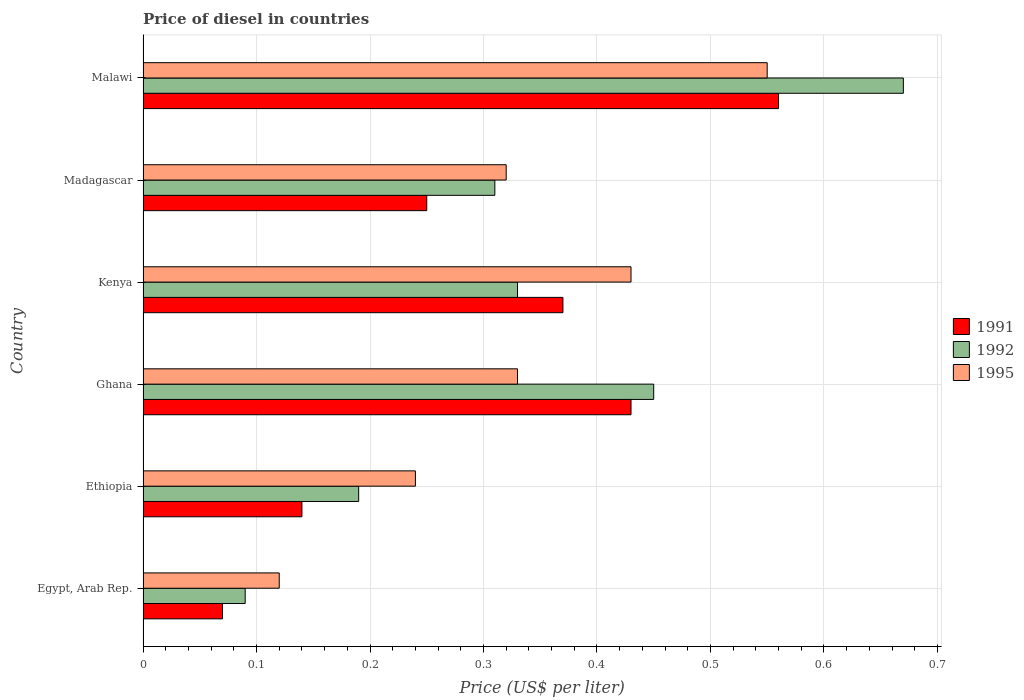
| Country | 1991 | 1992 | 1995 |
 | --- | --- | --- | --- |
 | Egypt, Arab Rep. | 0.07 | 0.09 | 0.12 |
 | Ethiopia | 0.14 | 0.19 | 0.24 |
 | Ghana | 0.43 | 0.45 | 0.33 |
 | Kenya | 0.37 | 0.33 | 0.43 |
 | Madagascar | 0.25 | 0.31 | 0.32 |
 | Malawi | 0.56 | 0.67 | 0.55 |